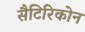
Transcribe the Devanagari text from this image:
सैटिरिकोन